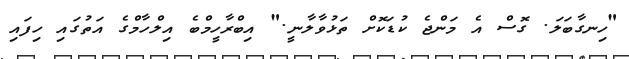
"ހިނގާބަލަ. ގޮސް އެ މަންޖެ ކުޑަކޮށް ތަޅުވާލާނީ." އިބްރާހީމްބެ އިލްހާމްގެ އަތުގައި ހިފައި